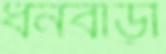
ধনবাড়ী